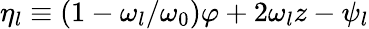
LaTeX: \eta_{l}\equiv(1-\omega_{l}/\omega_{0})\varphi+2\omega_{l}z-\psi_{l}